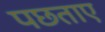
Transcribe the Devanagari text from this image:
पछताए